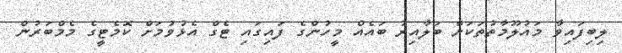
ލިބިފައިވާ މައުލޫމާތުތަކަށް ބަލާއިރު ބައެއް މީހުންގެ ފައިގައި ޓެގް އެޅުވުމަށް ކޮމެޓީގެ މެމްބަރުން